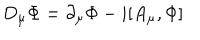
D _ { \mu } { \Phi } = \partial _ { \mu } { \Phi } - i [ A _ { \mu } , \Phi ]